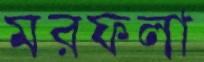
মরফলা